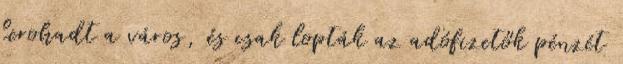
lerohadt a város, és csak lopták az adófizetők pénzét